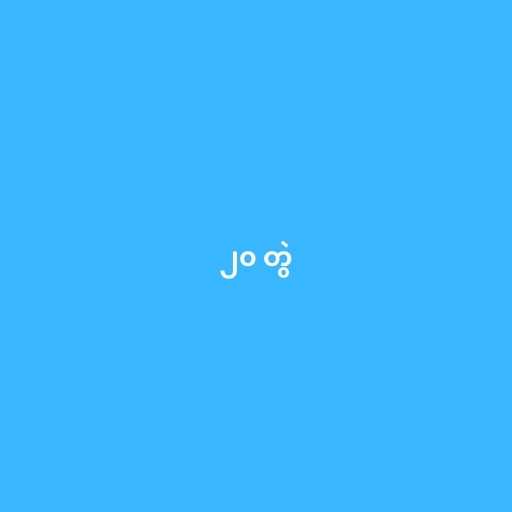
၂၀ တွဲ